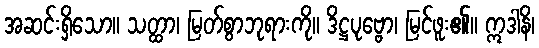
အဆင်းရှိသော။ သတ္ထာ၊ မြတ်စွာဘုရားကို။ ဒိဋ္ဌပုဗ္ဗော၊ မြင်ဖူး၏။ ဣဒါနိ၊